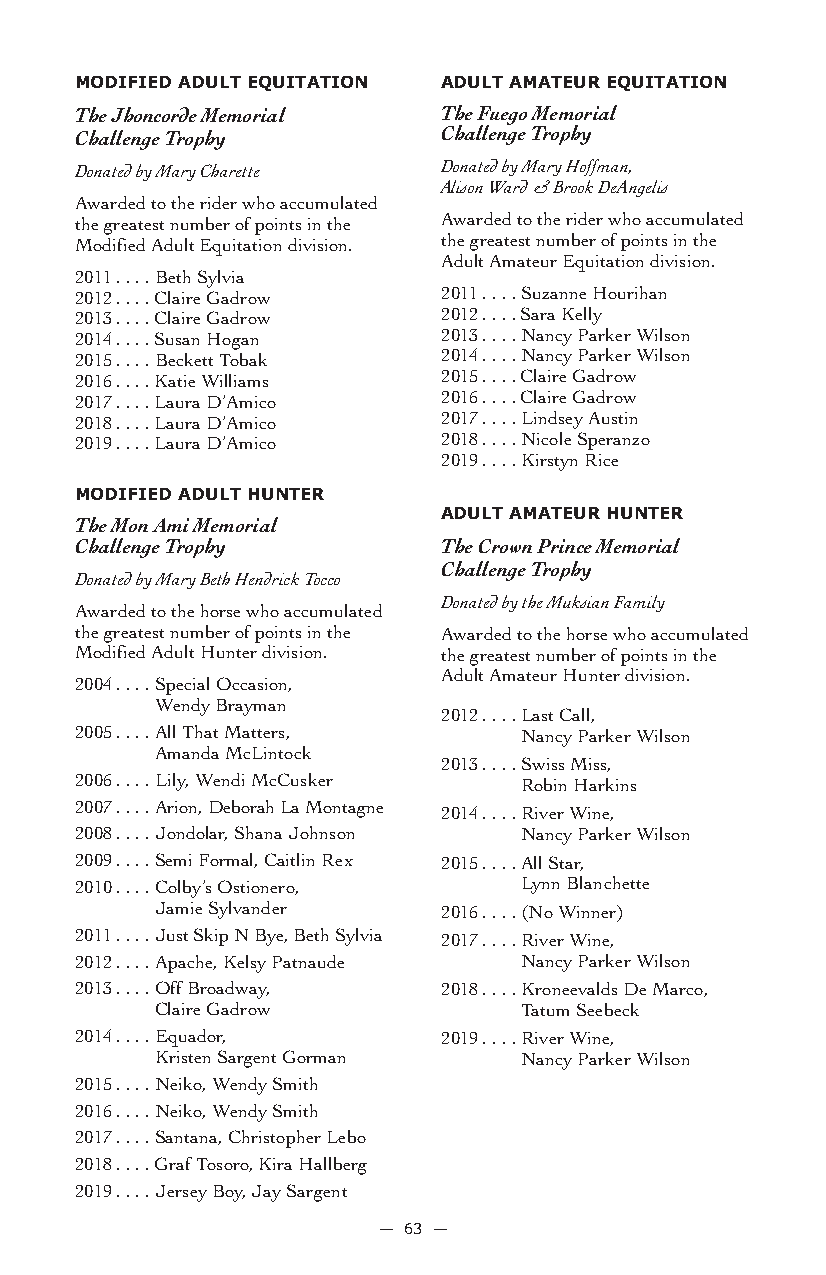
MoDifieD aDULT eQUiTaTion aDULT aMaTeUr eQUiTaTion
 The Jhoncorde Memorial  The Fuego Memorial
 Challenge Trophy        Challenge Trophy
 Donated by Mary Charette Donated by Mary Hoffman,
 Alison Ward & Brook DeAngelis
 Awarded to the rider who accumulated
 the greatest number of points in the Awarded to the rider who accumulated
 Modified Adult Equitation division. the greatest number of points in the
 Adult Amateur Equitation division.
 2011 . . . . Beth Sylvia
 2012 . . . . Claire Gadrow 2011 . . . . Suzanne Hourihan
 2013 . . . . Claire Gadrow 2012 . . . . Sara Kelly
 2014 . . . . Susan Hogan 2013 . . . . Nancy Parker Wilson
 2015 . . . . Beckett Tobak 2014 . . . . Nancy Parker Wilson
 2016 . . . . Katie Williams 2015 . . . . Claire Gadrow
 2017 . . . . Laura D’Amico 2016 . . . . Claire Gadrow
 2018 . . . . Laura D’Amico 2017 . . . . Lindsey Austin
 2019 . . . . Laura D’Amico 2018 . . . . Nicole Speranzo
 2019 . . . . Kirstyn Rice
 MoDifieD aDULT HUnTer
 aDULT aMaTeUr HUnTer
 The Mon Ami Memorial
 Challenge Trophy        The Crown Prince Memorial
 Challenge Trophy
 Donated by Mary Beth Hendrick Tocco
 Donated by the Muksian Family
 Awarded to the horse who accumulated
 the greatest number of points in the Awarded to the horse who accumulated
 Modified Adult Hunter division. the greatest number of points in the
 Adult Amateur Hunter division.
 2004 . . . . Special Occasion,
 Wendy Brayman
 2012 . . . . Last Call,
 2005 . . . . All That Matters, Nancy Parker Wilson
 Amanda McLintock
 2013 . . . . Swiss Miss,
 2006 . . . . Lily, Wendi McCusker Robin Harkins
 2007 . . . . Arion, Deborah La Montagne
 2014 . . . . River Wine,
 2008 . . . . Jondolar, Shana Johnson Nancy Parker Wilson
 2009 . . . . Semi Formal, Caitlin Rex 2015 . . . . All Star,
 2010 . . . . Colby’s Ostionero, Lynn Blanchette
 Jamie Sylvander    2016 . . . . (No Winner)
 2011 . . . . Just Skip N Bye, Beth Sylvia 2017 . . . . River Wine,
 2012 . . . . Apache, Kelsy Patnaude Nancy Parker Wilson
 2013 . . . . Off Broadway, 2018 . . . . Kroneevalds De Marco,
 Claire Gadrow           Tatum Seebeck
 2014 . . . . Equador,   2019 . . . . River Wine,
 Kristen Sargent Gorman  Nancy Parker Wilson
 2015 . . . . Neiko, Wendy Smith
 2016 . . . . Neiko, Wendy Smith
 2017 . . . . Santana, Christopher Lebo
 2018 . . . . Graf Tosoro, Kira Hallberg
 2019 . . . . Jersey Boy, Jay Sargent
 — 63 —